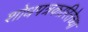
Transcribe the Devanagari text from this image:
शोधपत्रकारितेच्या